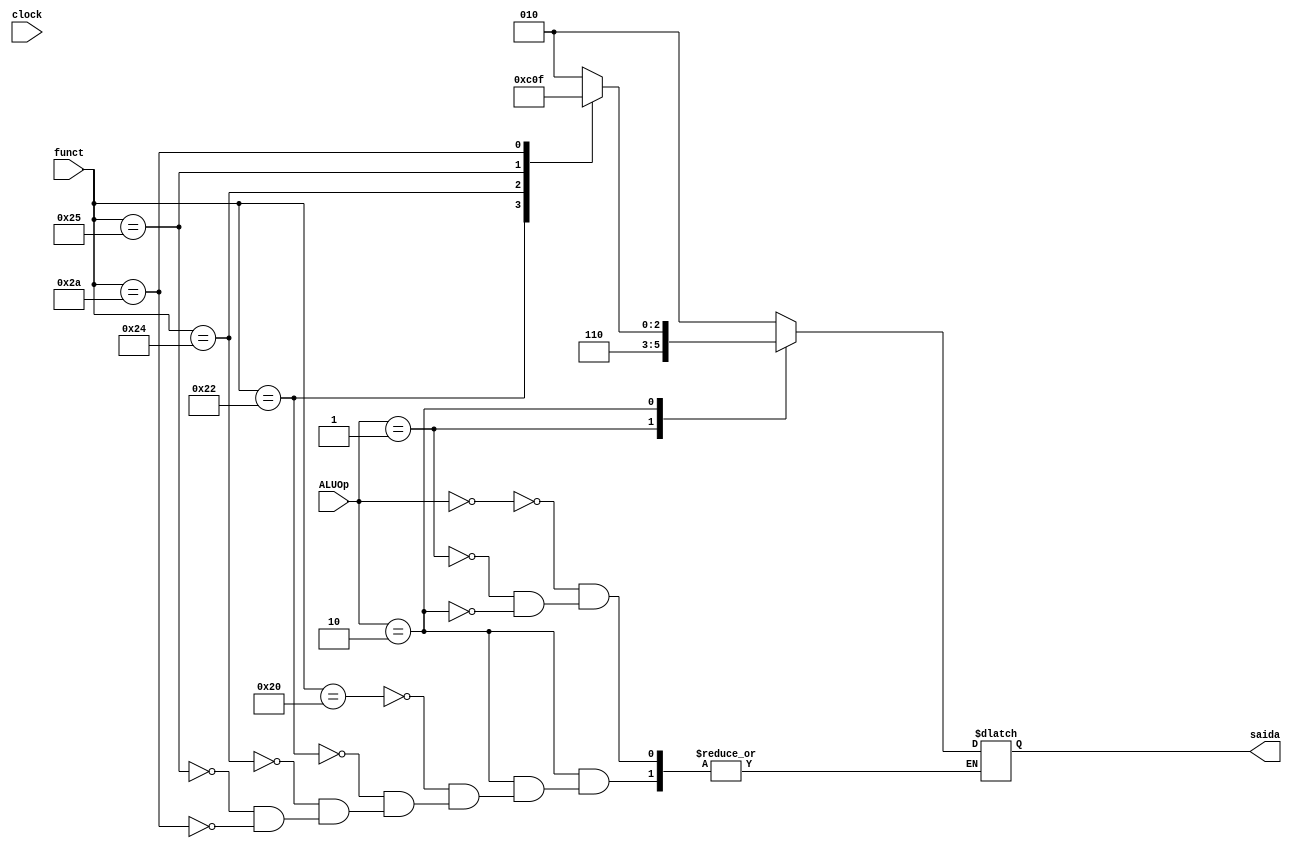
module ALUControl(clock, funct, ALUOp, saida);
    
    input clock;
    input [5:0]funct;
    input [1:0]ALUOp;

    output reg [2:0]saida;

    always @ (*)begin
      case(ALUOp)
        2'b00: saida = 3'b010;

        2'b01: saida = 3'b110;

        2'b10: case(funct)
                 6'b100000: saida = 3'b010;

                 6'b100010: saida = 3'b110;

                 6'b100100: saida = 3'b000;

                 6'b100101: saida = 3'b001;

                 6'b101010: saida = 3'b111;

                 default: $display("Valor de funct no suportada!");
                endcase
        default: $display("Valor de ALUOp no suportada!"); 
      endcase
    end


endmodule